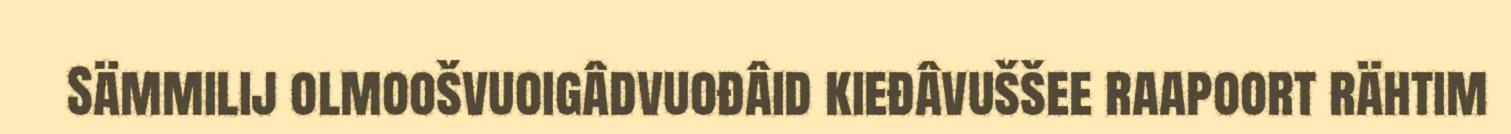
Sämmilij olmoošvuoigâdvuođâid kieđâvuššee raapoort rähtim